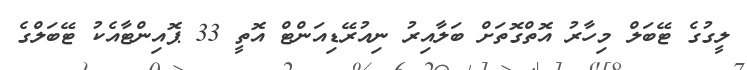
ލީގުގެ ޓޭބަލް މިހާރު އޮތްގޮތަށް ބަލާއިރު ނިއުރޭޑިއަންޓް އޮތީ 33 ޕޮއިންޓާއެކު ޓޭބަލްގެ